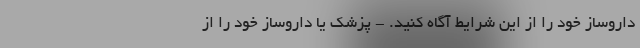
داروساز خود را از این شرایط آگاه کنید. - پزشک یا داروساز خود را از